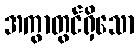
အကွာတွင်ရှိသော